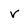
Character: v